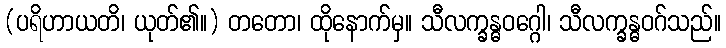
(ပရိဟာယတိ၊ ယုတ်၏။) တတော၊ ထိုနောက်မှ။ သီလက္ခန္ဓဝဂ္ဂေါ၊ သီလက္ခန္ဓဝဂ်သည်။